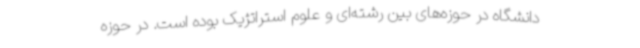
دانشگاه در حوزه‌های بین رشته‌ای و علوم استراتژیک بوده است. در حوزه